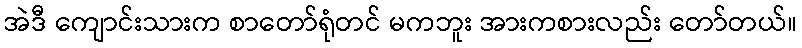
အဲဒီ ကျောင်းသားက စာတော်ရုံတင် မကဘူး အားကစားလည်း တော်တယ်။